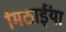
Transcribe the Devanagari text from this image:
मिठाईंया